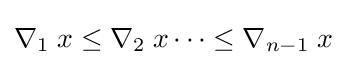
\nabla _{1}\;x\leq \nabla _{2}\;x\cdots \leq \nabla _{n-1}\;x